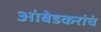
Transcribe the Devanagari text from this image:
आंबेडकरांचं